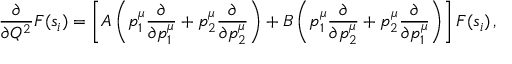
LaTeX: \frac { \partial } { \partial Q ^ { 2 } } F ( s _ { i } ) = \left[ A \left( p _ { 1 } ^ { \mu } \frac { \partial } { \partial p _ { 1 } ^ { \mu } } + p _ { 2 } ^ { \mu } \frac { \partial } { \partial p _ { 2 } ^ { \mu } } \right) + B \left( p _ { 1 } ^ { \mu } \frac { \partial } { \partial p _ { 2 } ^ { \mu } } + p _ { 2 } ^ { \mu } \frac { \partial } { \partial p _ { 1 } ^ { \mu } } \right) \right] F ( s _ { i } ) \, ,